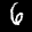
Label: 6